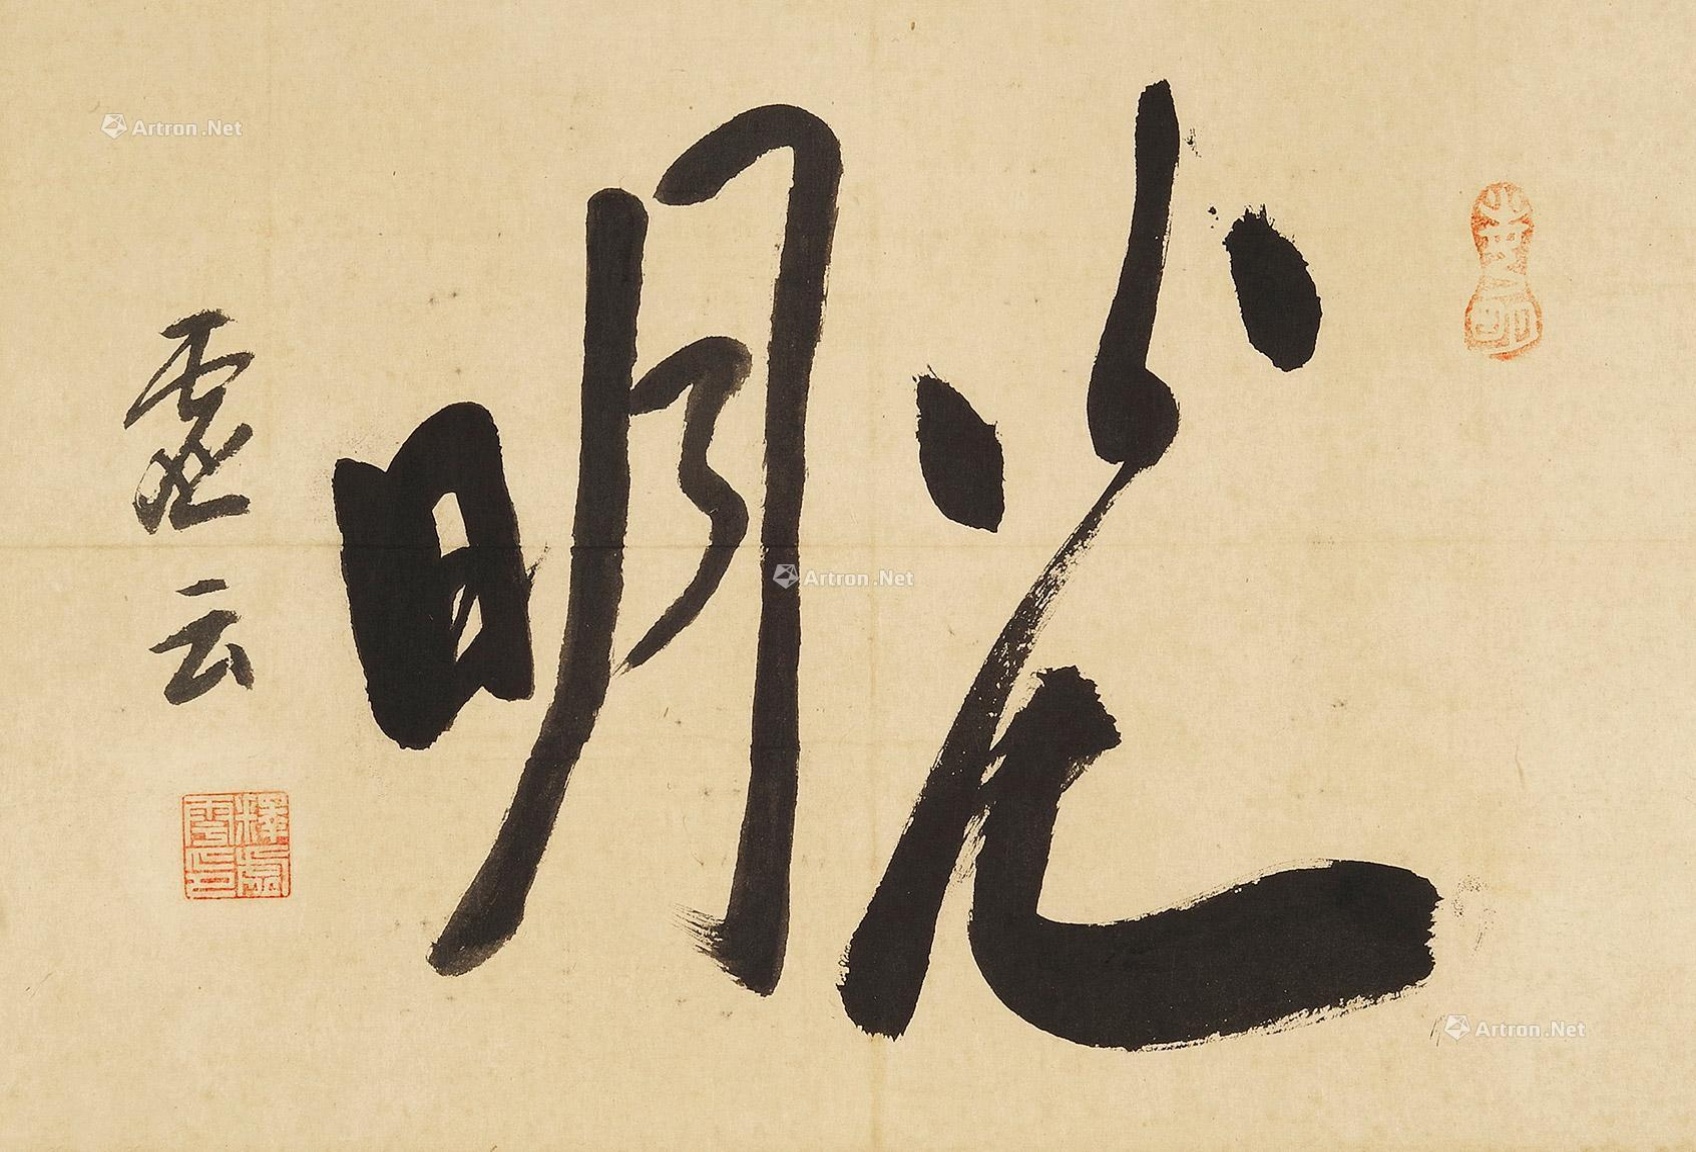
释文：光明。虚云。